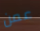
عمن